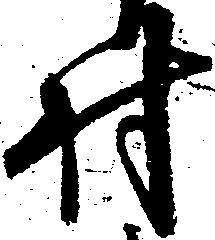
村